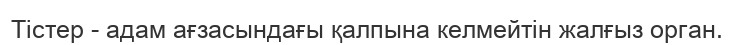
Тістер - адам ағзасындағы қалпына келмейтін жалғыз орган.